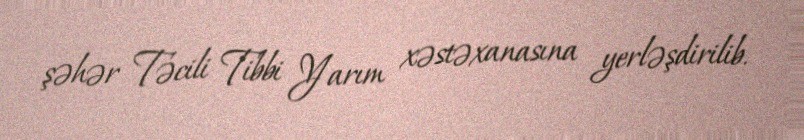
şəhər Təcili Tibbi Yarım xəstəxanasına yerləşdirilib.